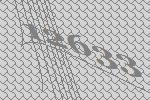
12633